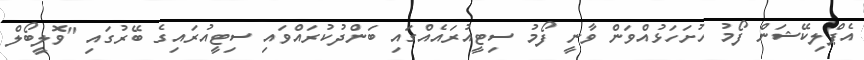
އެޕްލިކޭޝަން ފޯމު ހުށަހަޅުއްވަން ވާނީ ފޯމު ސިޓީއުރައެއްގައި ބަންދުކުރައްވައި ސިޓީއުރައިގެ ބޭރުގައި "ވޮލީބޯލް